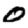
Digit: 0